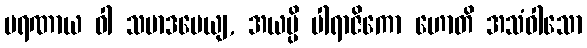
မရဏာယ ဝါ သမာဒပေယျ, အယမ္ပိ ပါရာဇိကော ဟောတိ အသံဝါသော